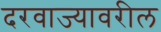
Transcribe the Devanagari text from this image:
दरवाज्यावरील